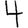
Digit: 4